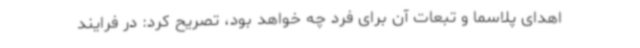
اهدای پلاسما و تبعات آن برای فرد چه خواهد بود، تصریح کرد: در فرایند